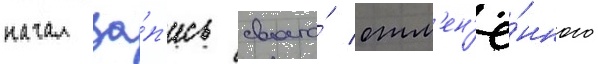
начал за́п'ись своего́ отм'ен'ё́нного